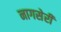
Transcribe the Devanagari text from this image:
नागसेरी